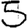
Digit: 5